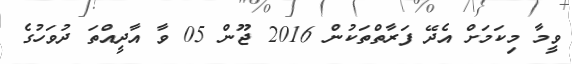
ވީމާ މިކަމަށް އެދޭ ފަރާތްތަކުން 2016 ޖޫން 05 ވާ އާދީއްތަ ދުވަހުގެ